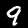
Digit: 9